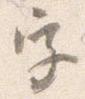
字